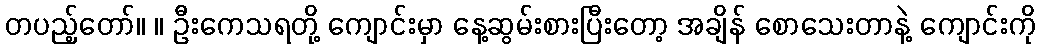
တပည့်တော်။ ။ ဦးကေသရတို့ ကျောင်းမှာ နေ့ဆွမ်းစားပြီးတော့ အချိန် စောသေးတာနဲ့ ကျောင်းကို